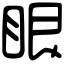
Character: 眼